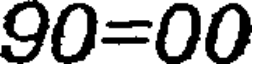
90=00